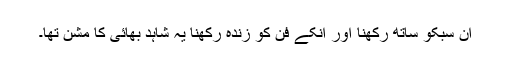
ان سبکو ساتھ رکھنا اور انکے فن کو زندہ رکھنا یہ شاہد بھائی کا مشن تھا۔